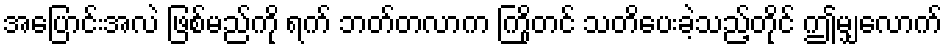
အပြောင်းအလဲ ဖြစ်မည်ကို ရက် ဘတ်တလာက ကြိုတင် သတိပေးခဲ့သည့်တိုင် ဤမျှလောက်